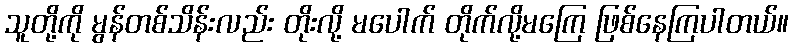
သူတို့ကို မွန်တစ်သိန်းလည်း တိုးလို့ မပေါက် တိုက်လို့မကြေ ဖြစ်နေကြပါတယ်။